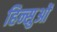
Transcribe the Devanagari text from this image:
हिन्सुओं